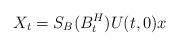
LaTeX: \begin{align*}X_t=S_B(B^H_t)U(t,0)x\end{align*}